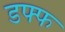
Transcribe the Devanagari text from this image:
डफ्फ